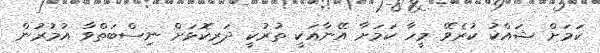
ކަމަށް ޝައްކު ކުރެވޭ މީހާ ކަމަށާ އޭނާއަކީ ތުރުކީ ދަރިކޮޅަށް ނިސްބަތްވާ އުމުރުން